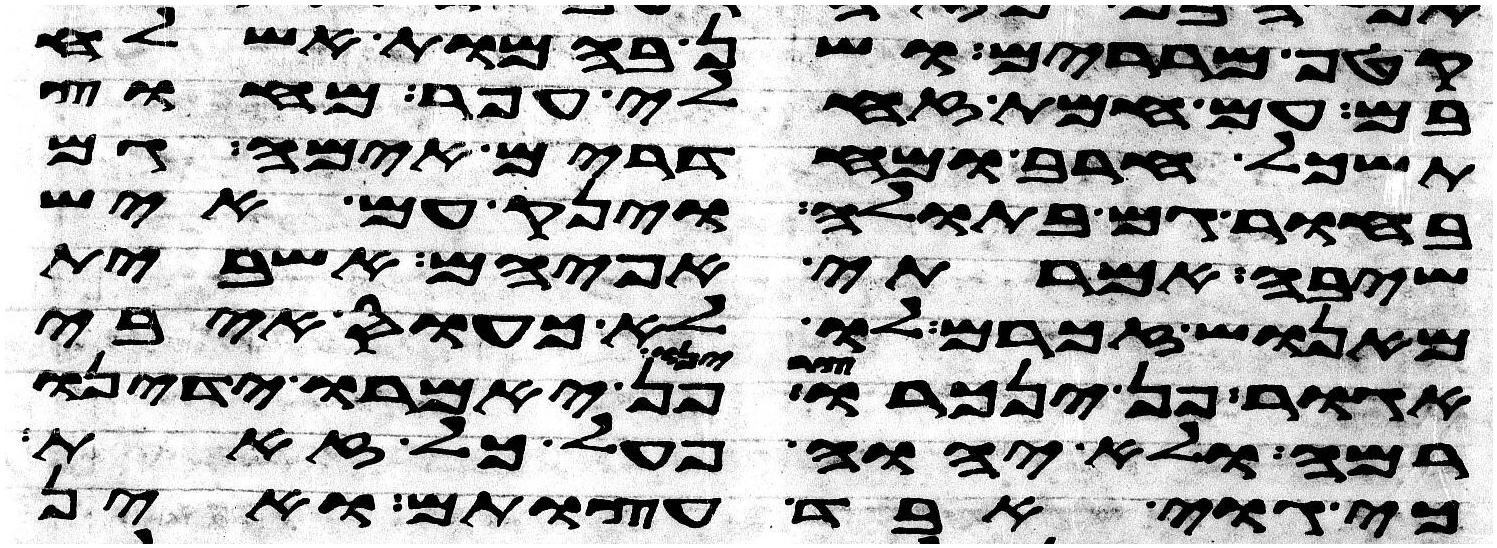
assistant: קטף מררים ושן בהמות אשלח
בם עם חמת זחלי עפר מחוץ
תשכל חרב ומחדרים אימה גם
בחור גם בתולה וינק עם איש
שיבה אמרתי אפי הם אשבית
מאנוש זכרם לו לא כעס איבי
אגור פן ינכרו צרינו פן יאמרו ידינו
רמה ולא יהוה פעל כל זאת
כי גוי אבד עצות הם ואין